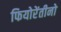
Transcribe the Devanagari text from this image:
फियोरेंतीनो